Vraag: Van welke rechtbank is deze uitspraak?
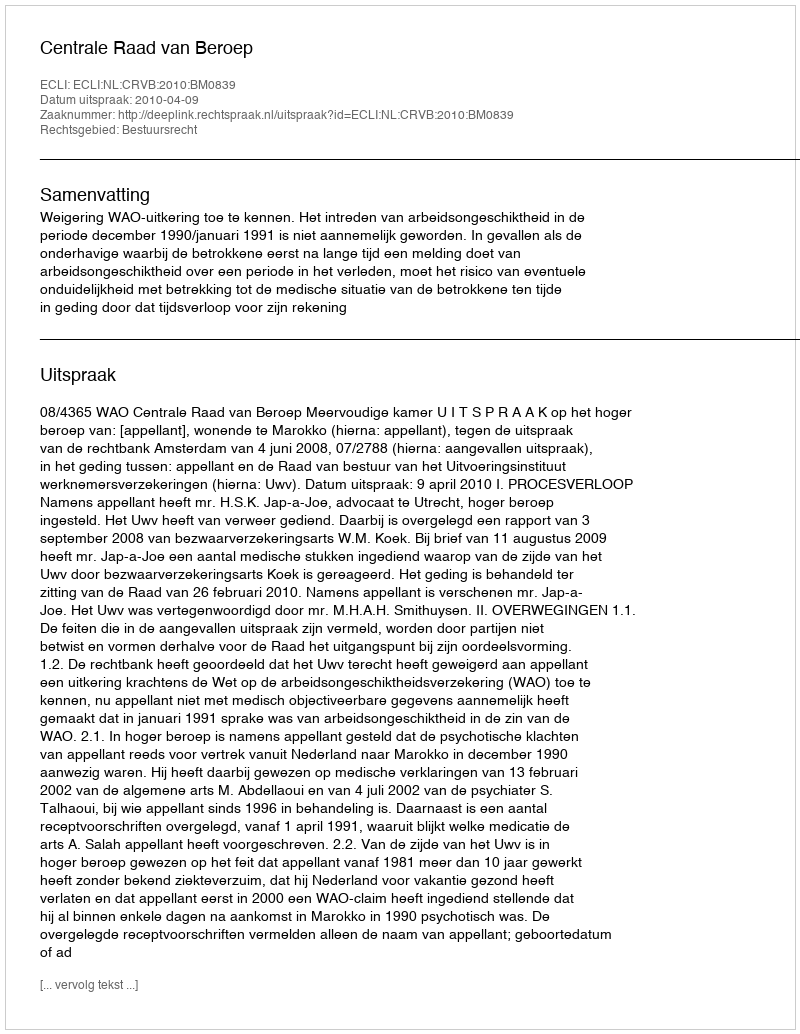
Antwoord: Centrale Raad van Beroep